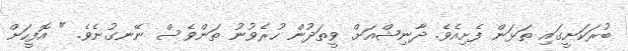
ބުރަކަށީގައި ތަޅަން ފެށިއެވެ. ދާނިޝްއަށް ވީތަދުން ހުރެވުނު ތަންވެސް ނޭނގުނެވެ. " އޮފީހަށް